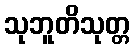
သုဘူတိသုတ္တ